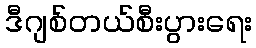
ဒီဂျစ်တယ်စီးပွားရေး